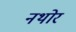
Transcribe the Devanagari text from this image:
नथोर